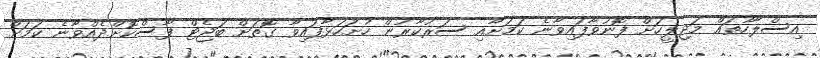
އިސްލާހުތައް މަޖިލީހަށް ފޮނުވާފައިވާނެ ކަމަށާއި ސަރުކާރުން ހުށަހަޅާފައިވާ ގޮތަށް ބަޖެޓް ފާސްކޮށްދެއްވާނެ ކަމަށް